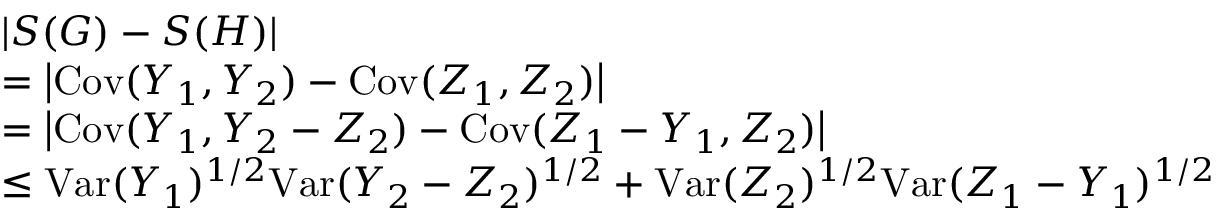
\begin{array} { r l } & { | S ( G ) - S ( H ) | } \\ & { = \big | \mathrm { C o v } ( Y _ { 1 } , Y _ { 2 } ) - \mathrm { C o v } ( Z _ { 1 } , Z _ { 2 } ) \big | } \\ & { = \big | \mathrm { C o v } ( Y _ { 1 } , Y _ { 2 } - Z _ { 2 } ) - \mathrm { C o v } ( Z _ { 1 } - Y _ { 1 } , Z _ { 2 } ) \big | } \\ & { \leq \mathrm { V a r } ( Y _ { 1 } ) ^ { 1 / 2 } \mathrm { V a r } ( Y _ { 2 } - Z _ { 2 } ) ^ { 1 / 2 } + \mathrm { V a r } ( Z _ { 2 } ) ^ { 1 / 2 } \mathrm { V a r } ( Z _ { 1 } - Y _ { 1 } ) ^ { 1 / 2 } } \end{array}